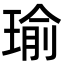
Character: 瑜